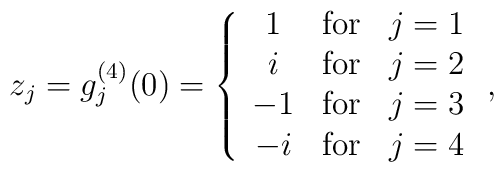
z_j=g^{(4)}_j(0)=\left\{	\begin{array}{ccc}	1  & \mathrm{for} & j=1 \\	i  & \mathrm{for} & j=2 \\	-1 & \mathrm{for} & j=3 \\	-i & \mathrm{for} & j=4	\end{array}\right. ,